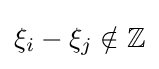
{\textstyle \xi _{i}-\xi _{j}\notin \mathbb {Z} }